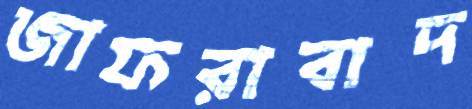
জাফরাবাদ